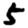
Digit: 5